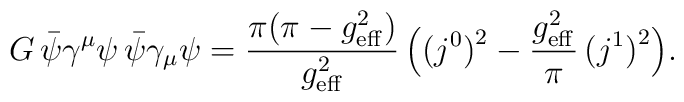
G\, \bar\psi\gamma^{\mu}\psi\, \bar\psi\gamma_{\mu}\psi ={\pi (\pi -g_{\rm eff}^{2})\over g_{\rm eff}^{2}}\, \Bigl(\bigl( j^{0} \bigr)^{2} - {g_{\rm eff}^{2}\over\pi}\, \bigl( j^{1}\bigr)^{2}\Bigr).